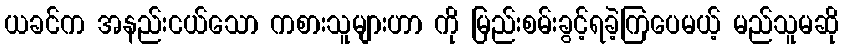
ယခင်က အနည်းငယ်သော ကစားသူများဟာ ကို မြည်းစမ်းခွင့်ရခဲ့ကြပေမယ့် မည်သူမဆို